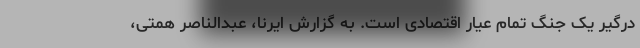
درگیر یک جنگ تمام عیار اقتصادی است. به گزارش ایرنا، عبدالناصر همتی،